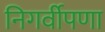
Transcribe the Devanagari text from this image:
निगर्वीपणा